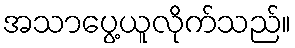
အသာပွေ့ယူလိုက်သည်။